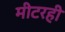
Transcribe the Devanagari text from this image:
मीटरही